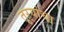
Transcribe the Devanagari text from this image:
तुऱ्यांचा